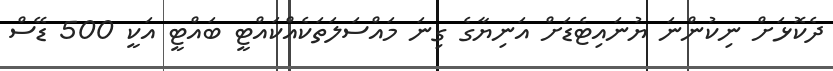
ދެކޮޅަށް ނިކުންނަ ޔުނައިޓެޑަށް އަނިޔާގެ ގިނަ މައްސަލަތަކެއްކައްޓީ ބައްޓީ އަކީ 500 ޑޭސް